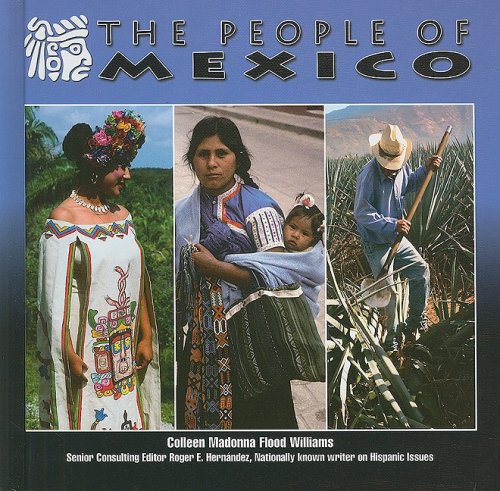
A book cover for The People of Mexico (Mexico-Beautiful Land, Diverse People); Colleen Madonna Flood Williams; Children's Books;